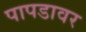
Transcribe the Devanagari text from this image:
पापडावर